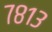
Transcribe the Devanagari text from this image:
७८१३